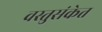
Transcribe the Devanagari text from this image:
वस्तुसंकेत